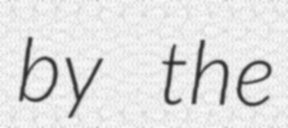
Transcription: by the